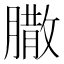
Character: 𦠐